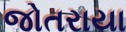
જોતરાયા